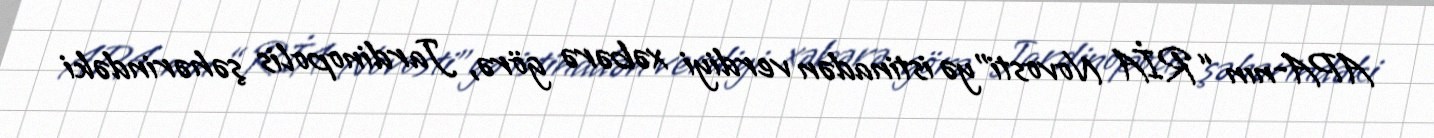
APA-nın “RİA Novosti”yə istinadən verdiyi xəbərə görə, Jardinopolis şəhərindəki